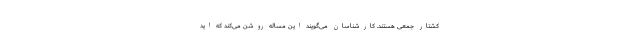
کشتار جمعی هستند. کارشناسان می‌گویند این مساله روشن می‌کند که اید